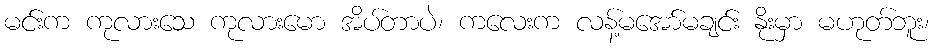
မင်းက ကုလားသေ ကုလားမော အိပ်တာပဲ၊ ကလေးက လန့်မအော်မချင်း နိုးမှာ မဟုတ်ဘူး၊